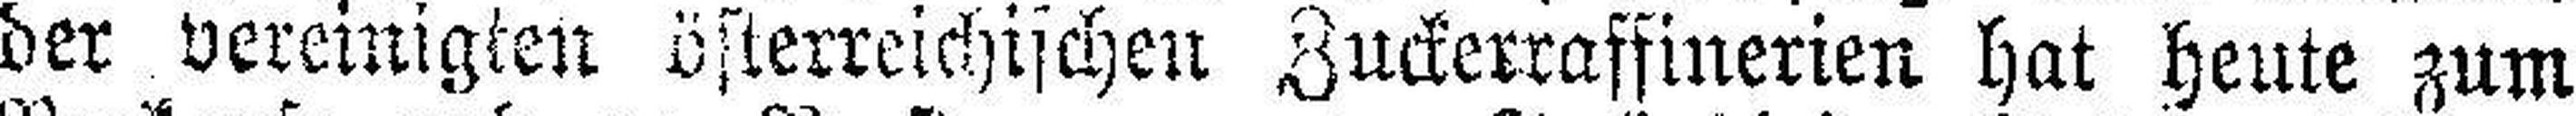
der vereinigten österreichischen Zuckerraffinerien hat heute zum